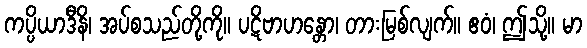
ကပ္ပိယာဒီနိ၊ အပ်စသည်တို့ကို။ ပဋိဗာဟန္တော၊ တားမြစ်လျက်။ ဧဝံ၊ ဤသို့။ မာ